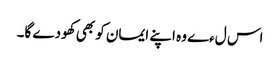
اس لءے وہ اپنے ایمان کو بھی کھودے گا۔